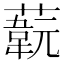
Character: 𦽞